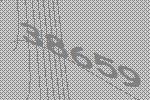
38659